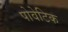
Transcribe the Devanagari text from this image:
पोवेटिक